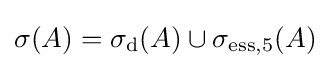
\sigma (A)=\sigma _{\mathrm {d} }(A)\cup \sigma _{\mathrm {ess} ,5}(A)